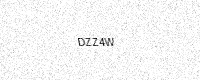
Text: DZZ4W